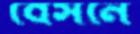
বেসনে